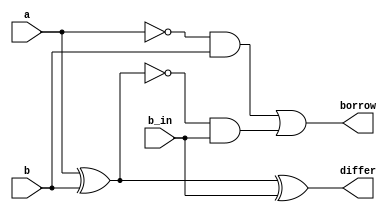
module full_sub_behave(output reg differ, borrow, input a,b,b_in);
always@(a,b,b_in)
begin
  differ=a^b^b_in;
  borrow=(~a&b)|(~(a^b)&b_in);
 end 
 endmodule